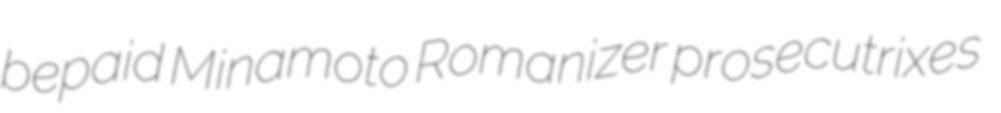
bepaid Minamoto Romanizer prosecutrixes